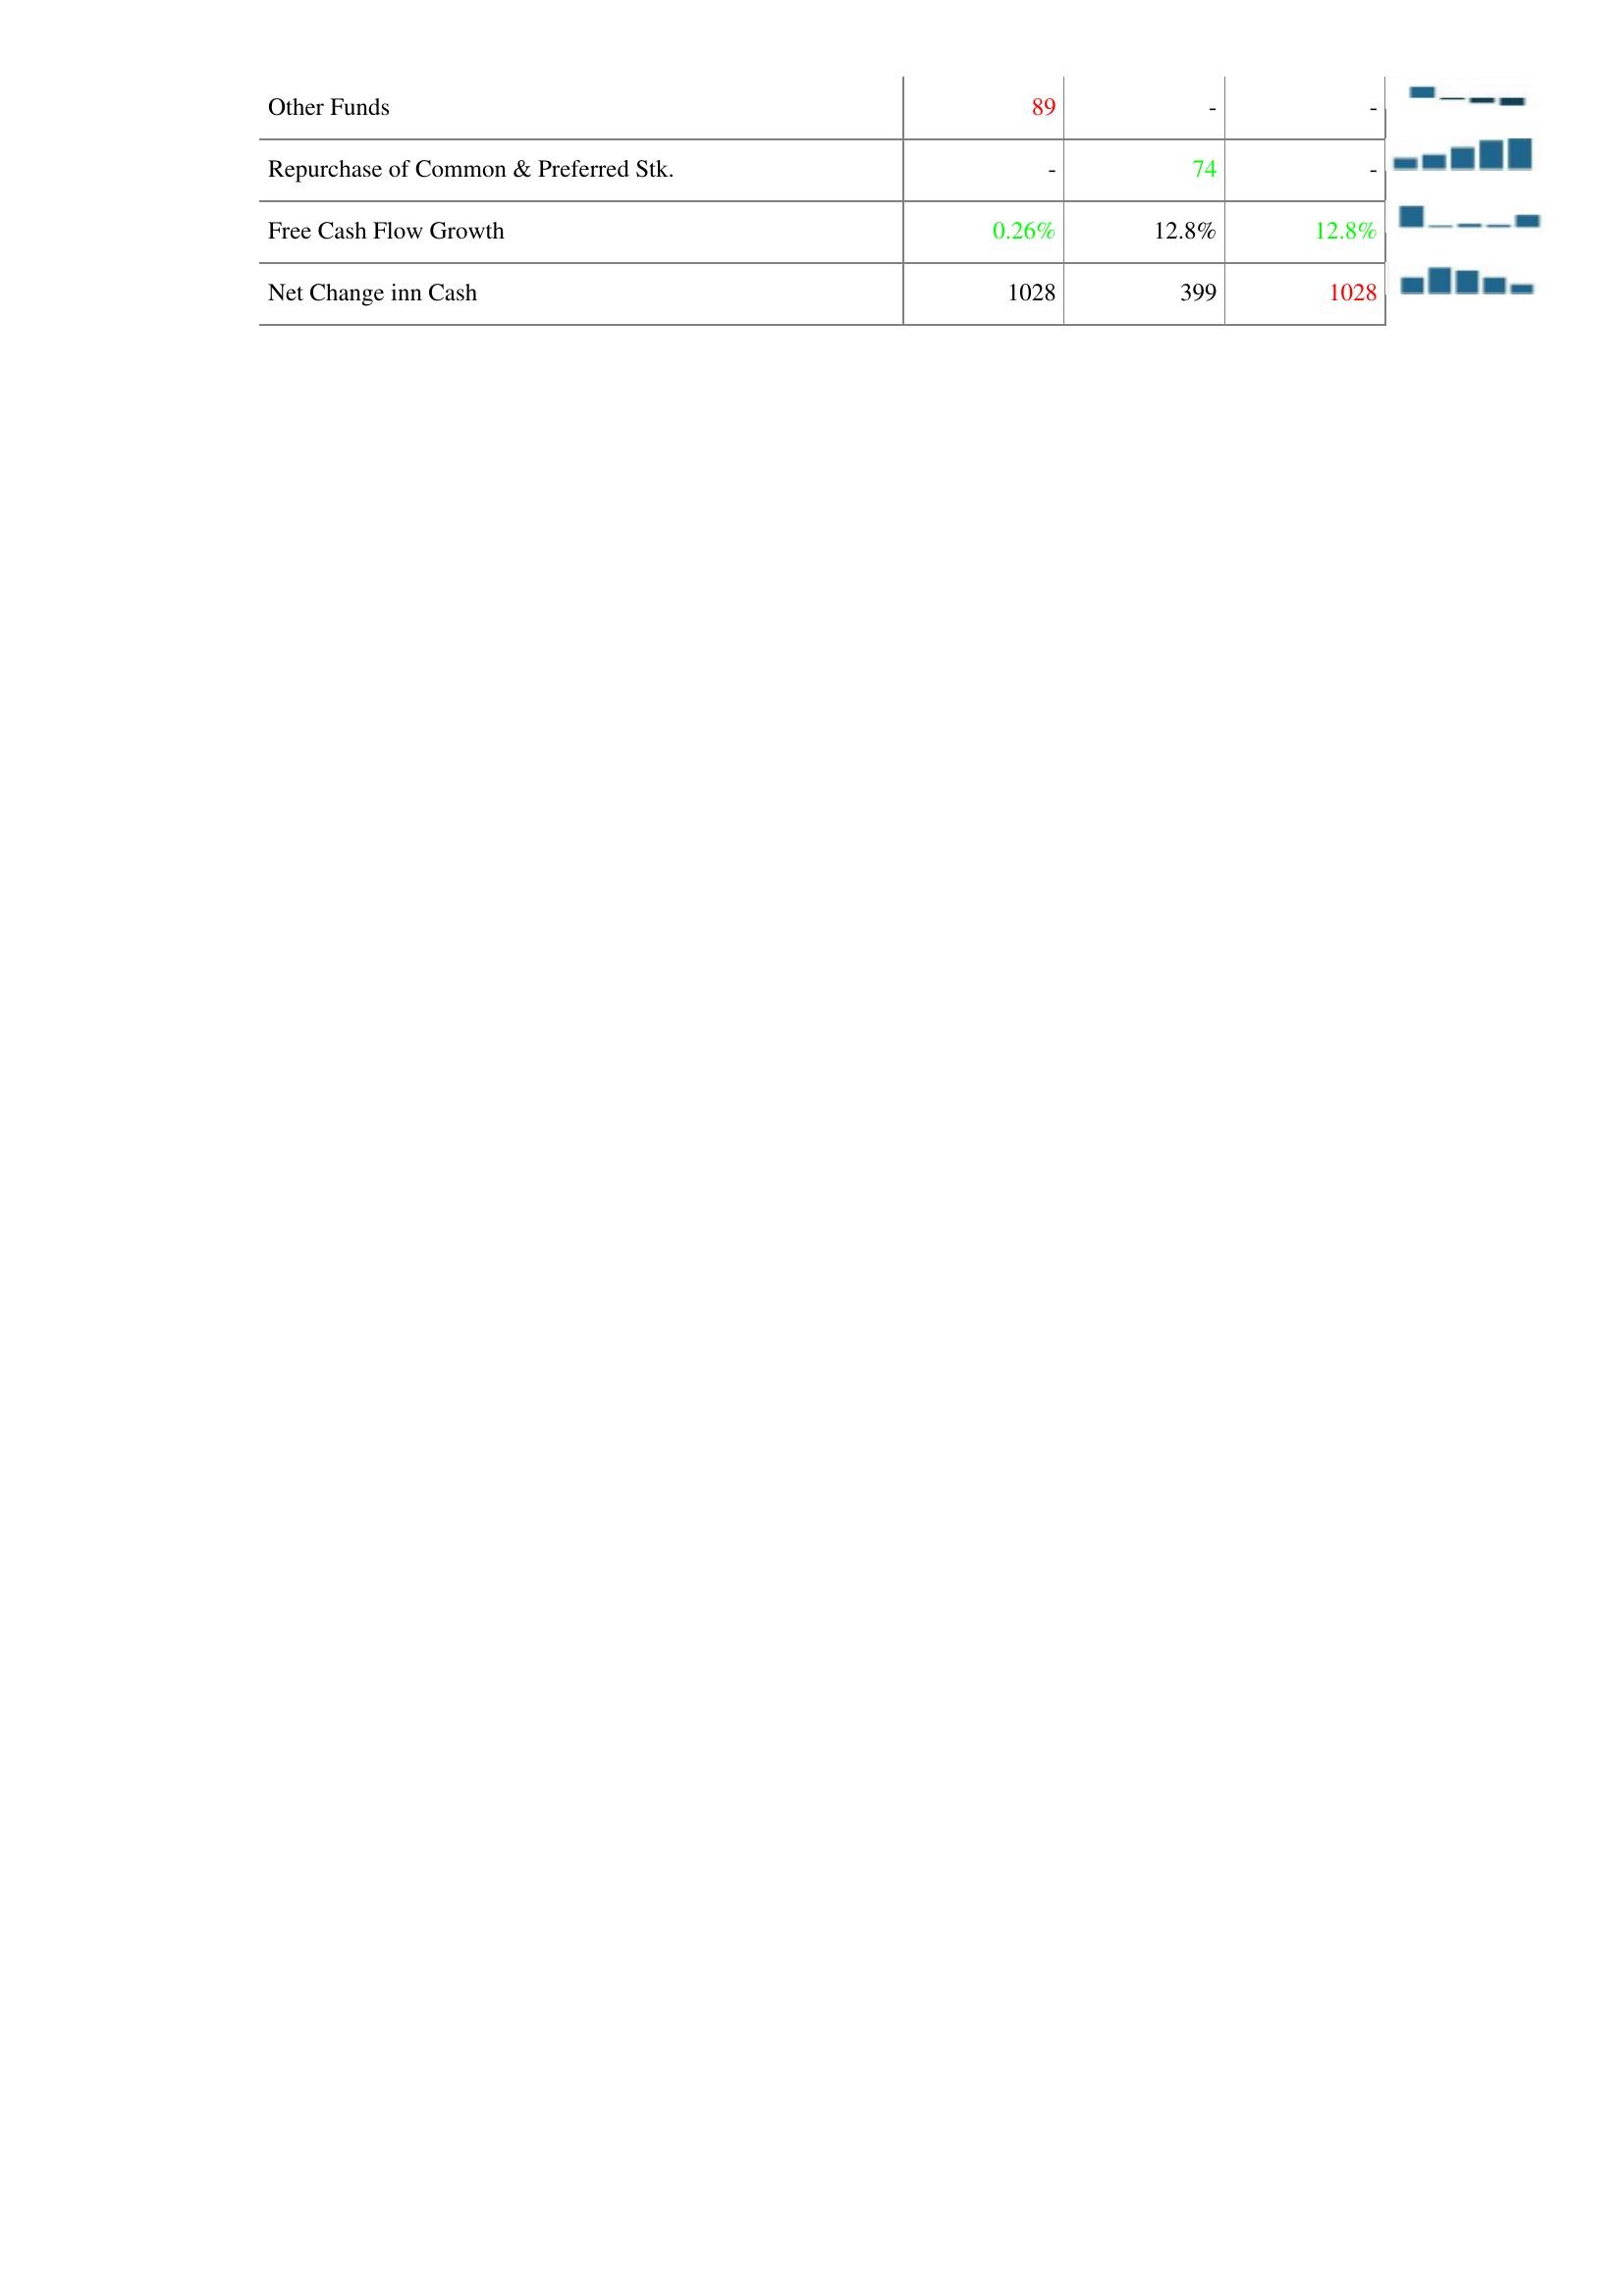
2020: Financing Activities: Other Funds: 89
Repurchase of Common & Preferred Stk.: -
Free Cash Flow Growth: 0.26%
Net Change inn Cash: 1028
2019: Financing Activities: Other Funds: -
Repurchase of Common & Preferred Stk.: 74
Free Cash Flow Growth: 12.8%
Net Change inn Cash: 399
2018: Financing Activities: Other Funds: -
Repurchase of Common & Preferred Stk.: -
Free Cash Flow Growth: 12.8%
Net Change inn Cash: 1028